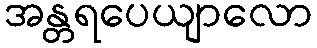
အန္တရပေယျာလော